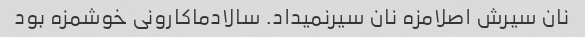
نان سیرش اصلامزه نان سیرنمیداد. سالادماکارونی خوشمزه بود